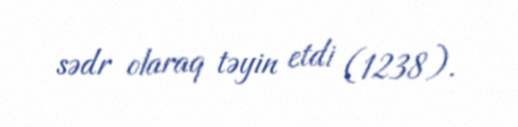
sədr olaraq təyin etdi (1238).